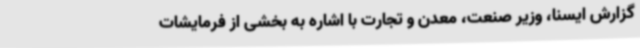
گزارش ایسنا، وزیر صنعت، معدن و تجارت با اشاره به بخشی از فرمایشات